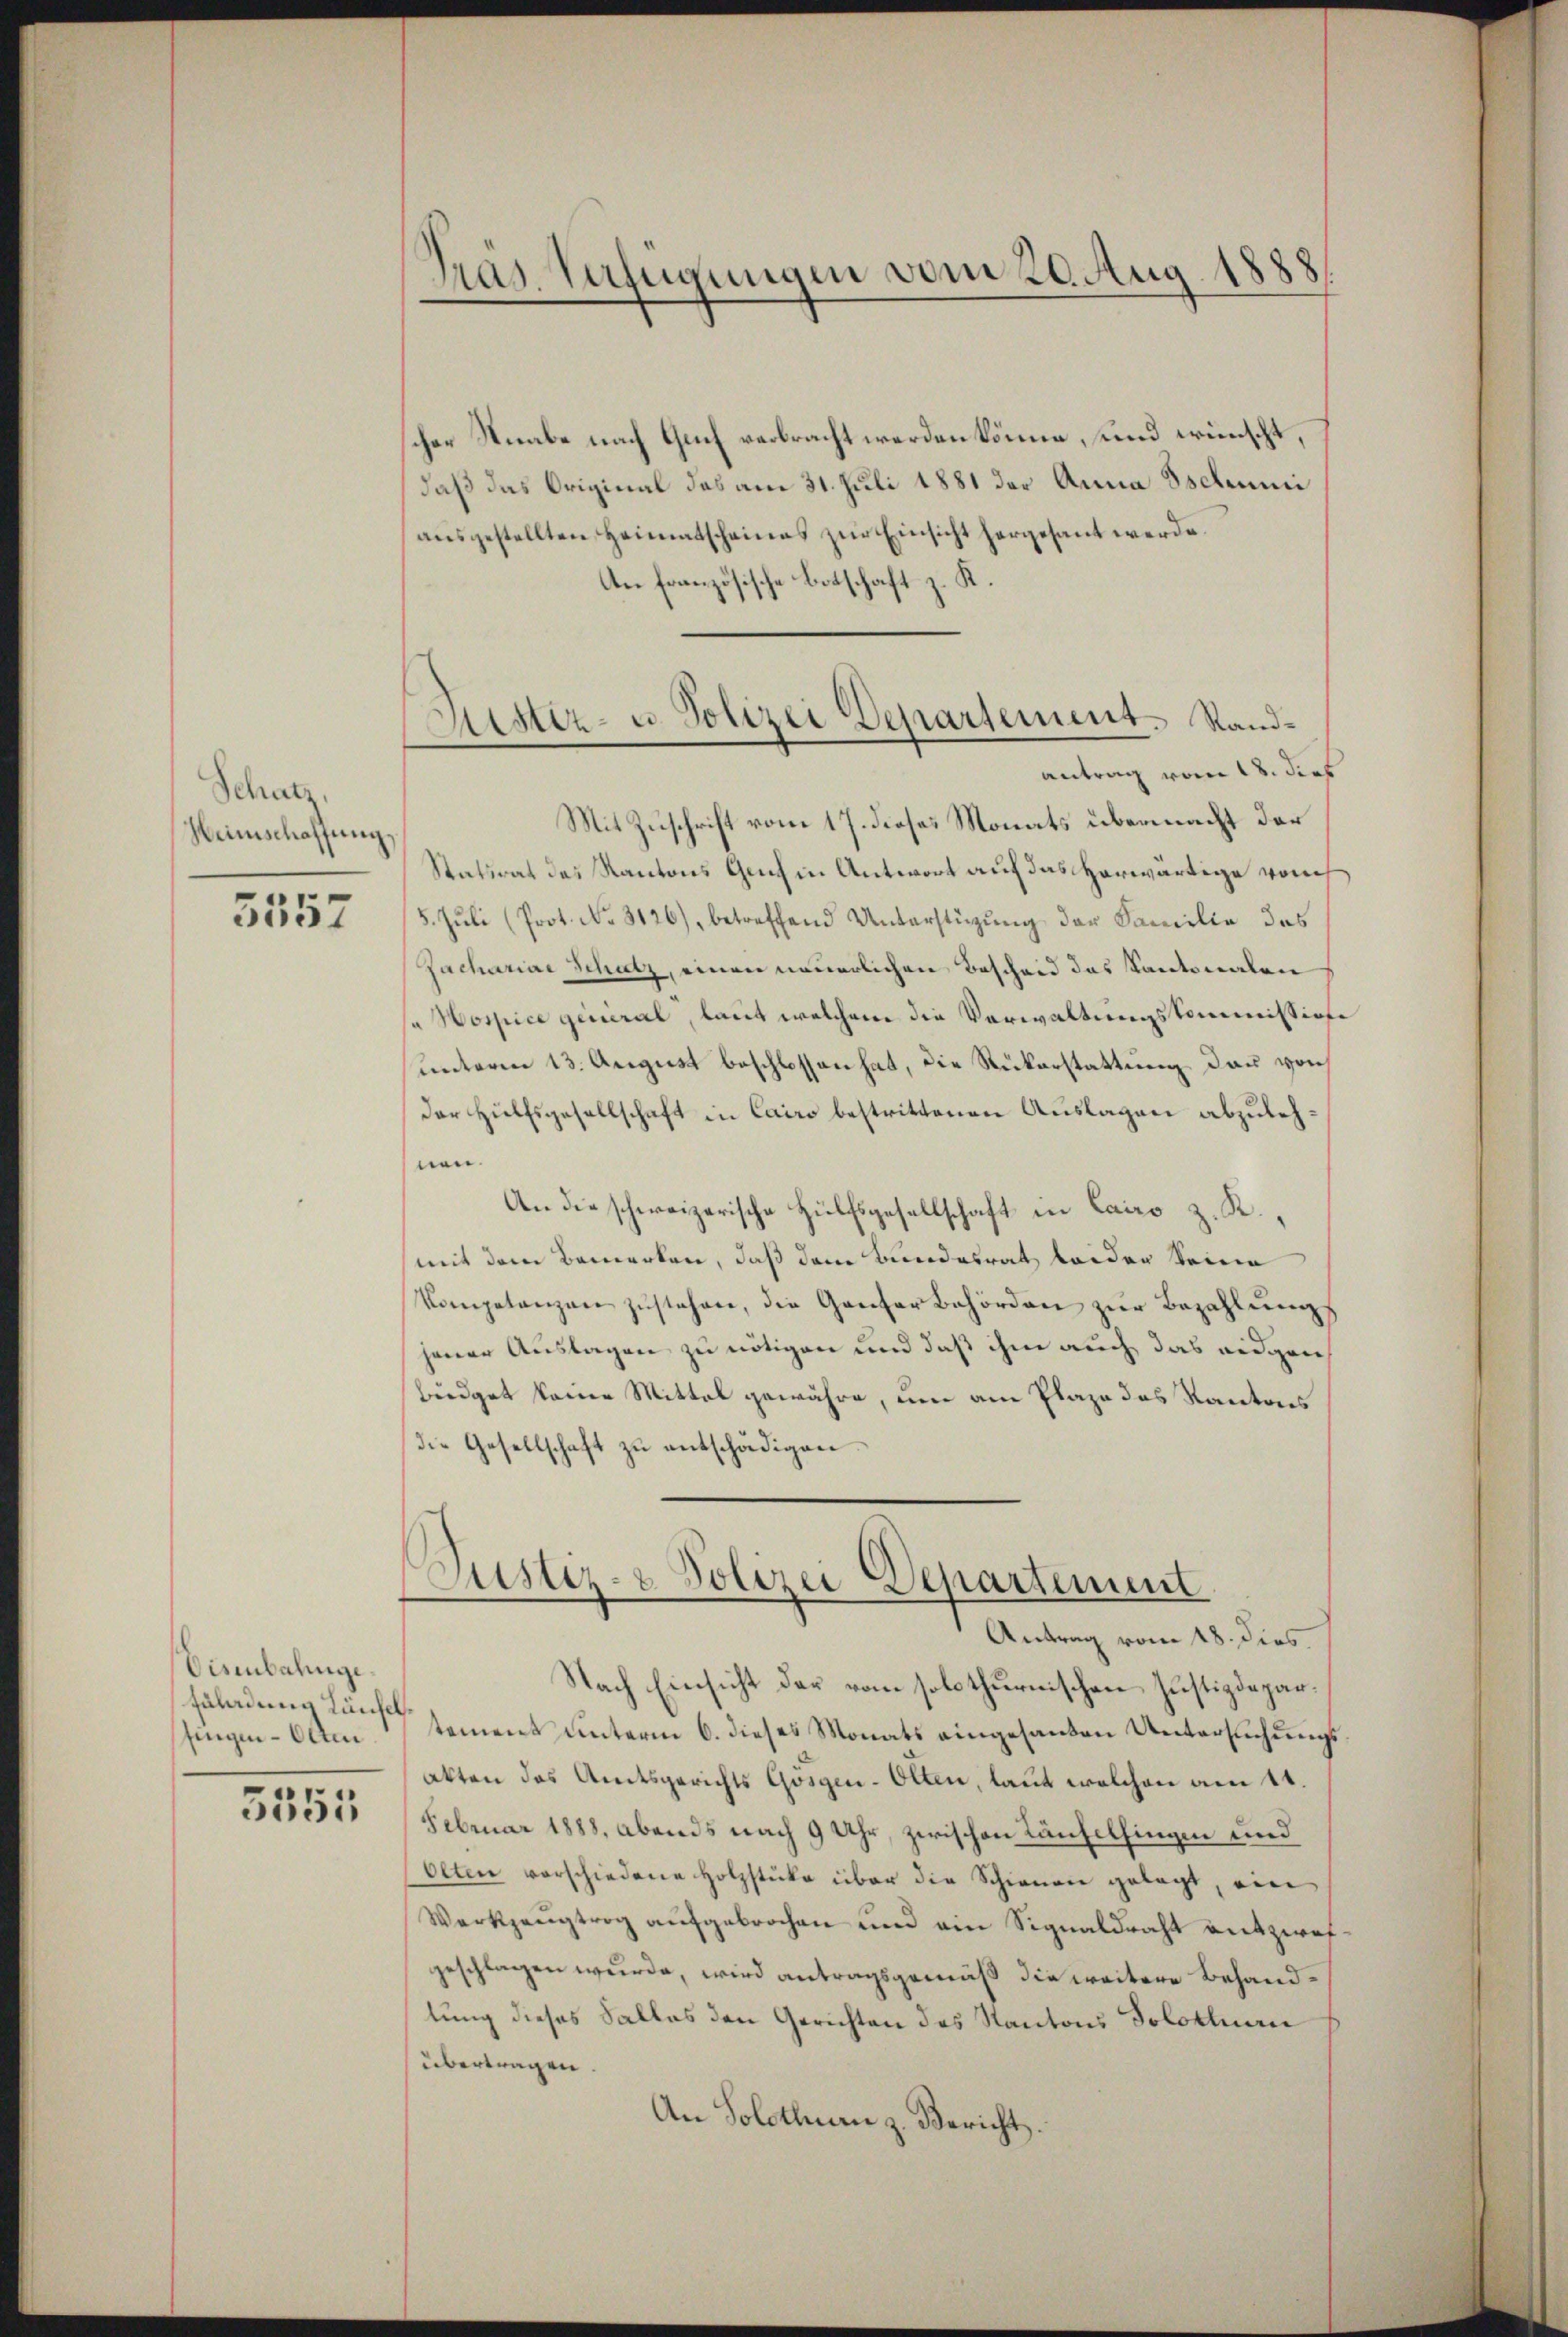
Schatz
Heimschaffung.

5557

Disenbahnge¬
Füladung Künfel
fingen Olten.

5551

Gras Verfügungen vom 20. Aug. 1888

scher Staabe nach Guch verbracht werden könne, und wünscht,
daß das Original das am 31. Juli 1881 der Anna Tschaumi
ausgestellten Heimatscheines zur Einsicht hergesant werde.
An französische Botschaft z. K.

Mit Zuschrift vom 17. dieses Monats übermacht der
Statsrat des Kantons Genf in Antwort auf das herwärtige von
5. Juli (Prot. No. 3126), betreffend Unterstützung der Familie des
Zachariae Schutz, einen neuerlichen Bescheid das Kantonalen
sa Hospice general, laut welchem die Verwaltungskommissione
unterm 13. August beschlossen hat, die Rükerstattung dann von
der Hülfsgesellschaft in Cairo bestrittenen Auslagen abzulehnen.
An die schweizerische Hülfsgesellschaft in Cairo z. R.,
(mit dem Bemerken, daß dem Bundesrat beider Seine
Kompetanzen zŭstehen, die Ganzer Behörden zŭr Bezahlŭng
jener Auslagen zu nötigen und daß ihm auch das eidgen
büdget keine Mittel gewähre, um am Plaze des Kantons
die Gesellschaft zu entschädigen.
Justiz- & Polizei Departement
Antrag vom 18. dies
Nach Einsicht der vom solothurnischen Justizdepartement unterm 6. dieses Monats eingesanden Untersuchungs
akten des Amtsgerichts Gosgen-Olten, laut welchen am 11
Februar 1888. Abends nach 9 Uhr, zwischen Kanzelfingen und
Olten verschiedene Holzstücke über die Schienen gelegt, eine
Werkzeugtrog aufgebrochen und ein Signaldraht entzweigeschlagen wurde, wird antragsgemäß die weitere Behandlung dieses Salles den Gerichten des Kantons Solothurn
übertragen.
An Solothurn z. Bericht.

Lister- u. Polizei Departement. Sandantrag vom 18. dies